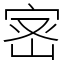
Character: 宻